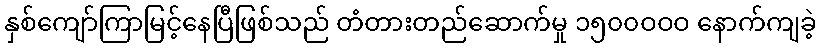
နှစ်ကျော်ကြာမြင့်နေပြီဖြစ်သည် တံတားတည်ဆောက်မှု ၁၅၀၀ဝဝဝ နောက်ကျခဲ့